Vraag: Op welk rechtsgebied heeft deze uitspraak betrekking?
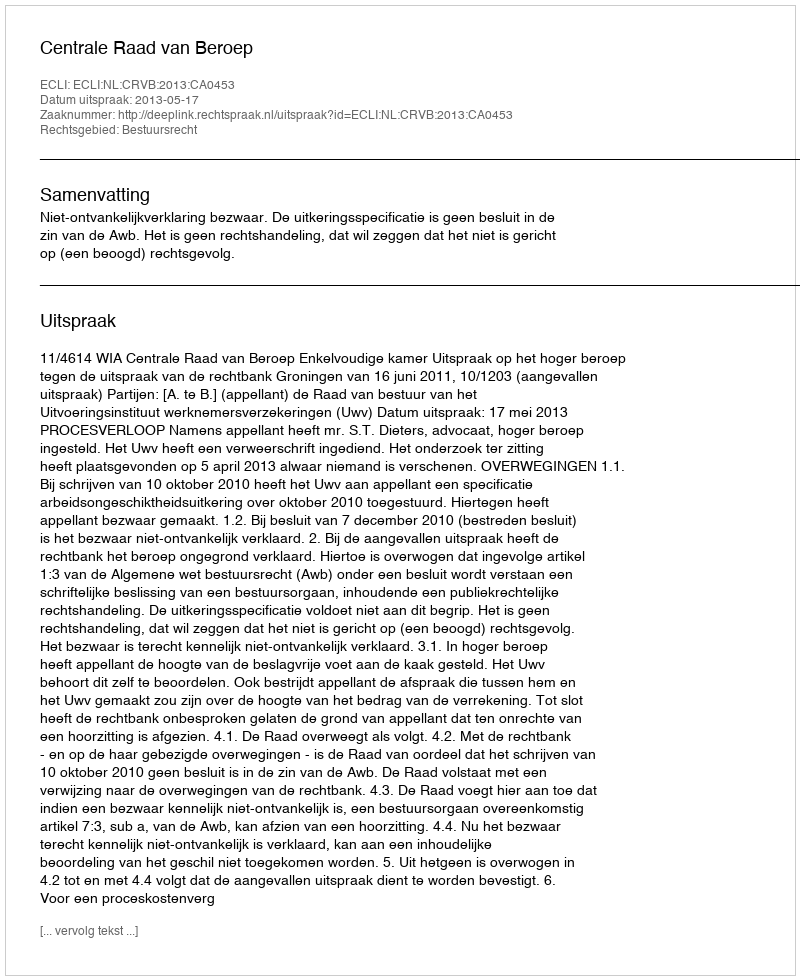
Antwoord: Bestuursrecht